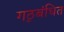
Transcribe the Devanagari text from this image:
गठ्बंधित